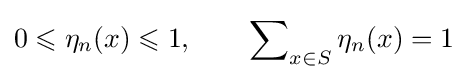
0\leqslant \eta _{n}(x)\leqslant 1,\qquad \sum \nolimits _{x\in S}\eta _{n}(x)=1